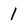
Character: 1